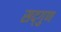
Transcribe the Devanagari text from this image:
सद्‌गुण